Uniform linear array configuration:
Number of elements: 24
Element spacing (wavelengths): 0.25
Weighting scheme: blackman
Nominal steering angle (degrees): -45
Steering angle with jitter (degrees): -46.705
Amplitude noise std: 0.05
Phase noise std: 0.05

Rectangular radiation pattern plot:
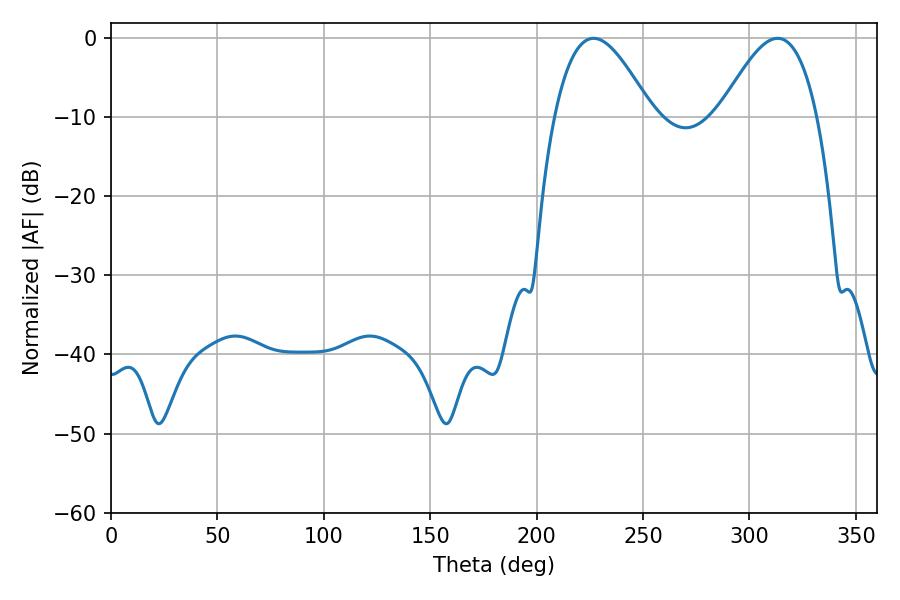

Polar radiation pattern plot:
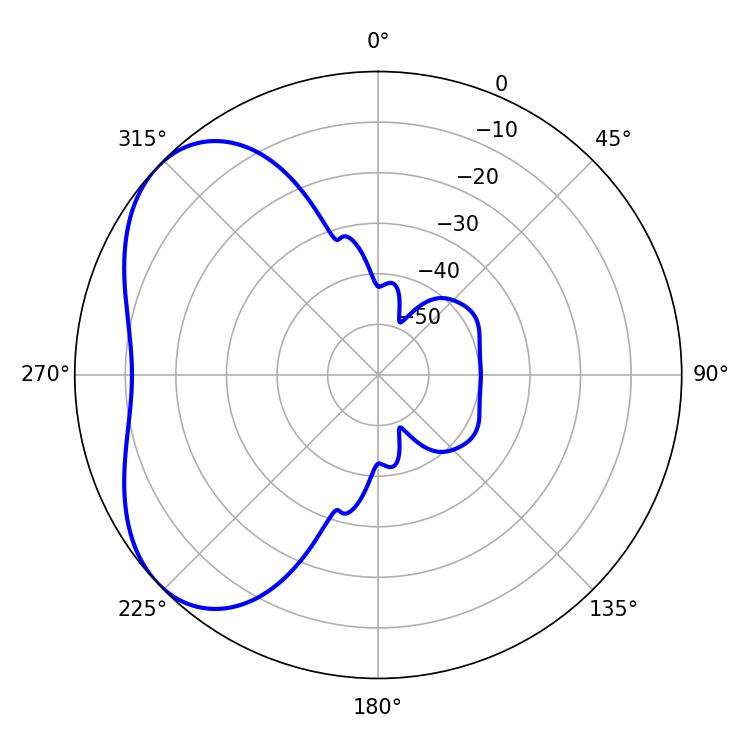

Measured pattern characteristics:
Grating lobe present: FALSE
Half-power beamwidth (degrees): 24.66
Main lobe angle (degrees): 226.8